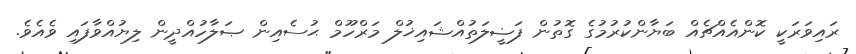
ރައިވަރަކީ ކޮންއެއްޗެއް ބަޔާންކުރުމުގެ ގޮތުން ފަޟީލަތުއްޝައިޚުލް މަރްހޫމް ޙުސެއިން ޞަލާހުއްދީން ލިޔުއްވާފައި ވެއެވެ.